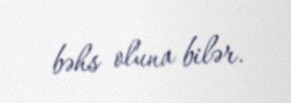
bəhs oluna bilər.